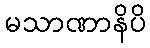
မသာဏာနိပိ